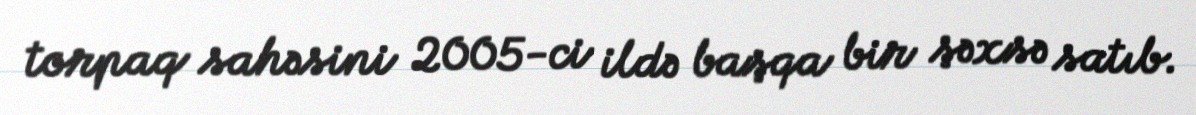
torpaq sahəsini 2005-ci ildə başqa bir şəxsə satıb.